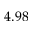
4 . 9 8